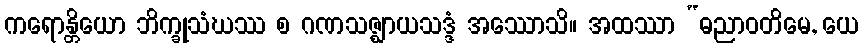
ကရောန္တိယော ဘိက္ခုသံဃဿ စ ဂဏသဇ္ဈာယသဒ္ဒံ အဿောသိ။ အထဿာ “ဓညာဝတိမေ, ယေ